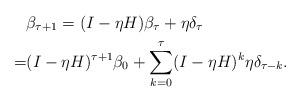
LaTeX: \begin{align*}&\beta_{\tau+1} = (I-\eta H)\beta_{\tau}+ \eta \delta_{\tau} \\=& (I-\eta H)^{\tau+1}\beta_0 + \sum_{k=0}^{\tau}(I-\eta H)^k \eta \delta_{\tau-k}.\end{align*}